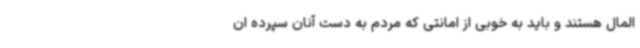
المال هستند و باید به خوبی از امانتی که مردم به دست آنان سپرده ان